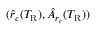
( \hat { r } _ { c } ( T _ { \mathrm { R } } ) , \hat { A } _ { r _ { c } } ( T _ { \mathrm { R } } ) )